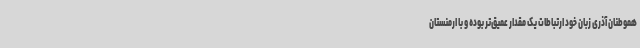
هموطنان آذری زبان خود ارتباطات یک مقدار عمیق‌تر بوده و با ارمنستان